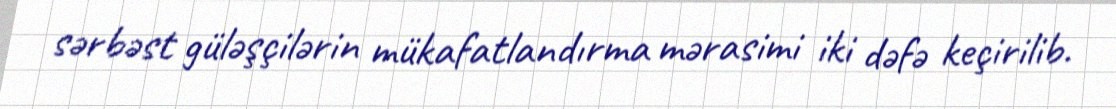
sərbəst güləşçilərin mükafatlandırma mərasimi iki dəfə keçirilib.